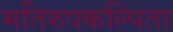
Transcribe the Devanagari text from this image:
मतिरुपकल्पिता